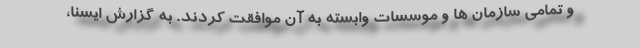
و تمامی سازمان ها و موسسات وابسته به آن موافقت کردند. به گزارش ایسنا،